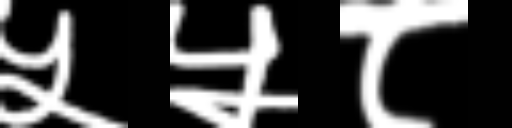
Text: ५५८